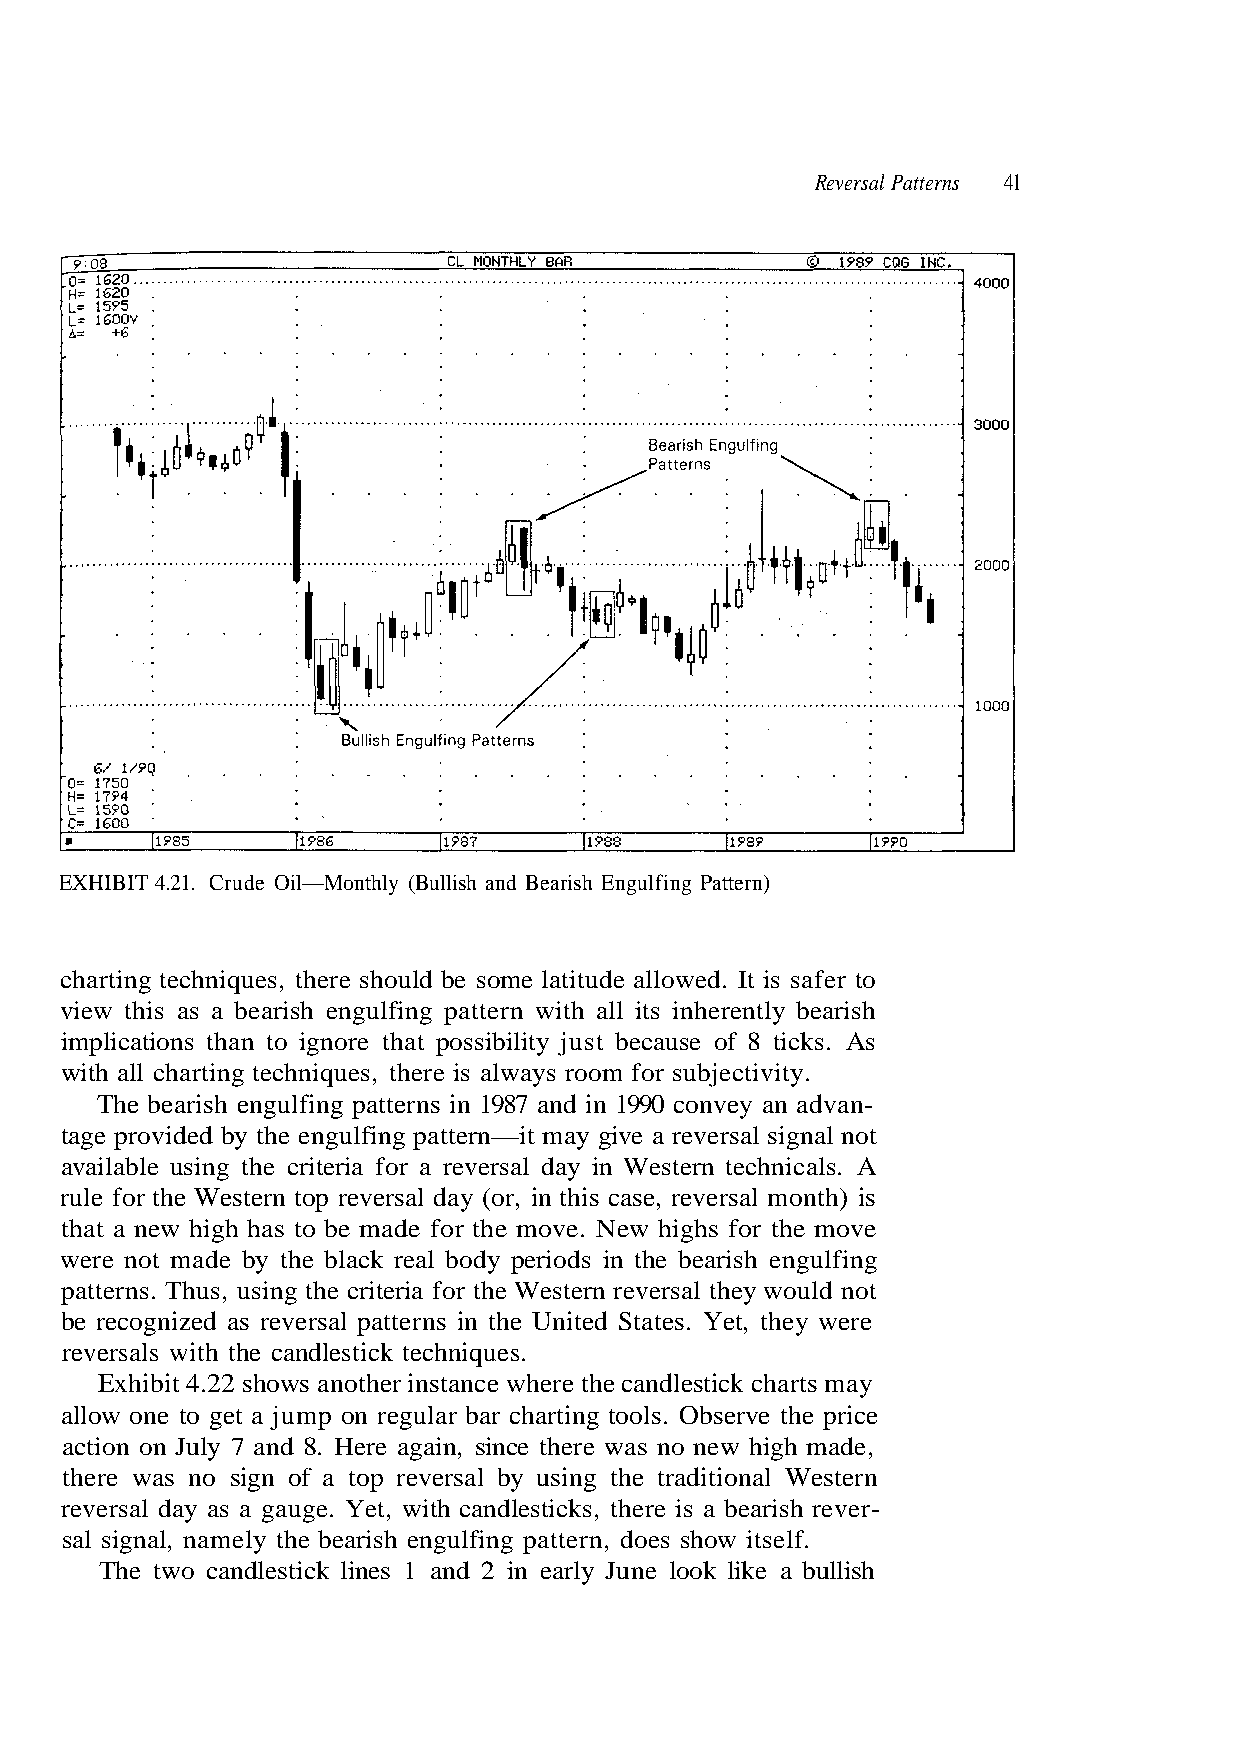
Reversal Patterns 41
 charting techniques, there should be some latitude allowed. It is safer to
 view this as a bearish engulfing pattern with all its inherently bearish
 implications than to ignore that possibility just because of 8 ticks. As
 with all charting techniques, there is always room for subjectivity.
 tage provided by the engulfing pattern—it may give a reversal signal not
 available using the criteria for a reversal day in Western technicals. A
 rule for the Western top reversal day (or, in this case, reversal month) is
 were not made by the black real body periods in the bearish engulfing
 patterns. Thus, using the criteria for the Western reversal they would not
 Exhibit 4.22 shows another instance where the candlestick charts may
 allow one to get a jump on regular bar charting tools. Observe the price
 there was no sign of a top reversal by using the traditional Western
 reversal day as a gauge. Yet, with candlesticks, there is a bearish rever-
 sal signal, namely the bearish engulfing pattern, does show itself.
 e
 e
 r
 v
 e
 o
 w
 m
 y
 e
 e
 h
 h
 t
 t
 or
 et,
 f
 Y
 hs
 .
 de,
 g
 s
 a
 i
 e
 m
 h
 t
 w
 Sta
 gh
 e
 hi
 earish Engulfing Pattern)
 for the move. N
 ns in the United
 hniques.
 e there was no new
 EXHIBIT 4.21. Crude Oil—Monthly (Bullish and B
 The bearish engulfing patterns in 1987 and in 1990 convey an advan-
 that a new high has to be made
 be recognized as reversal patter
 reversals with the candlestick tec
 action on July 7 and 8. Here again, sinc
 The two candlestick lines 1 and 2 in early June look like a bullish